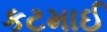
કટમાઈ